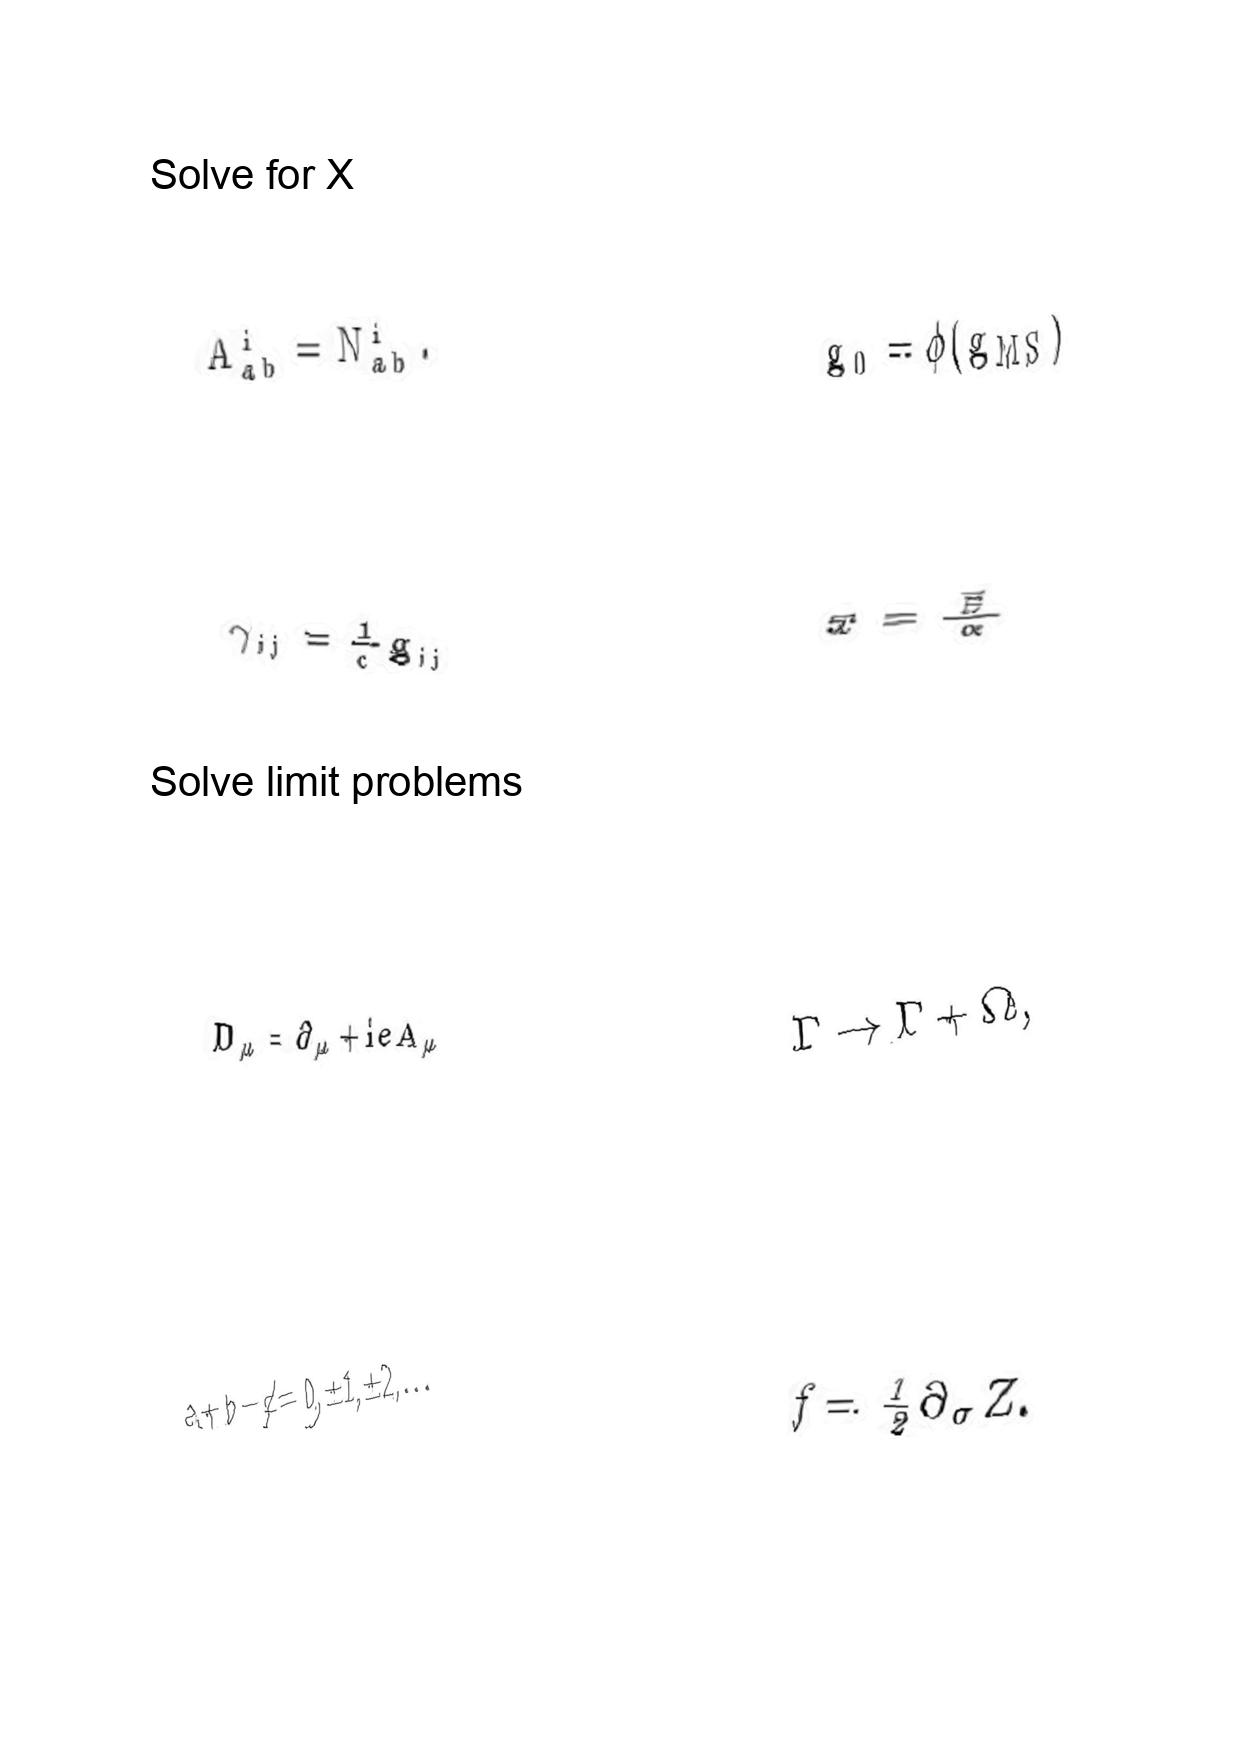
LaTeX transcription:
A _ { a b } ^ { i } = N _ { a b } ^ { i } .
\gamma _ { i j } = \frac { 1 } { c } g _ { i j }
D _ { \mu } = \partial _ { \mu } + i e A _ { \mu }
a + b - c \neq 0 , \pm 1 , \pm 2 , \ldots
g _ { 0 } = \phi \lparen g _ { M S } \rparen
\vec { x } = \frac { \vec { \beta } } { \alpha }
\Gamma \rightarrow \Gamma + \Omega ,
f = \frac { 1 } { 2 } \partial _ { \sigma } Z .